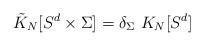
LaTeX: \begin{align*}\tilde{K}_N[S^d\times\Sigma ]=\delta_\Sigma ~K_N[S^d]\end{align*}